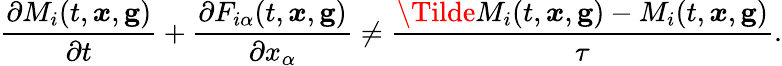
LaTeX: \frac{\partial M_{i}(t,\boldsymbol{x},\mathbf{g})}{\partial t}+\frac{\partial F_{i\alpha}(t,\boldsymbol{x},\mathbf{g})}{\partial x_{\alpha}}\neq\frac{\Tilde{M}_{i}(t,\boldsymbol{x},\mathbf{g})-M_{i}(t,\boldsymbol{x},\mathbf{g})}{\tau}.